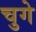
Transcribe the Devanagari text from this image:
चुगे